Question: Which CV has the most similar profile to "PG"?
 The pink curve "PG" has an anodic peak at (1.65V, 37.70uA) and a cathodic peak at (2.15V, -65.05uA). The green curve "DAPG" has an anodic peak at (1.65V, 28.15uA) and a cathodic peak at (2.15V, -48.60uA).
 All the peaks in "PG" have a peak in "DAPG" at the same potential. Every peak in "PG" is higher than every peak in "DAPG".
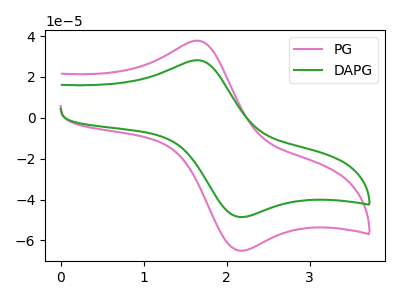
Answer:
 <answer>The CV with the most similar shape to "DAPG" is "PG".</answer>
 <eval>"PG"</eval>